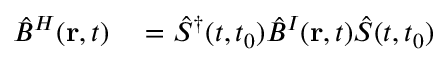
\begin{array} { r l } { \hat { B } ^ { H } ( { \bf r } , t ) } & { { } = \hat { S } ^ { \dagger } ( t , t _ { 0 } ) \hat { B } ^ { I } ( { \bf r } , t ) \hat { S } ( t , t _ { 0 } ) } \end{array}